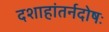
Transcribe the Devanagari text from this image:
दशाहांतर्नदोषः